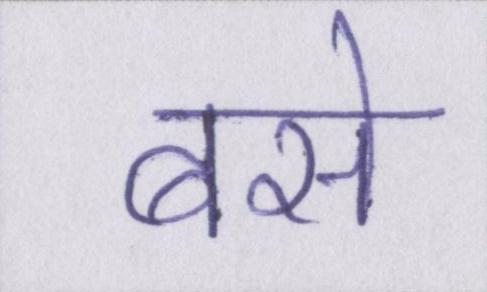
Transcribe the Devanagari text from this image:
बसे